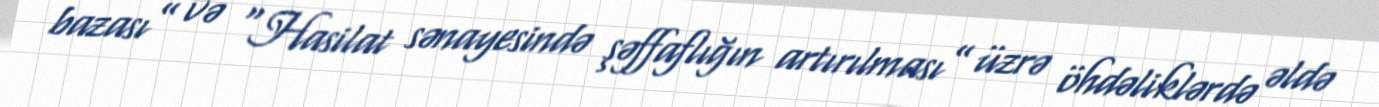
bazası” və “Hasilat sənayesində şəffaflığın artırılması” üzrə öhdəliklərdə əldə